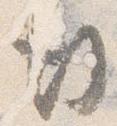
行